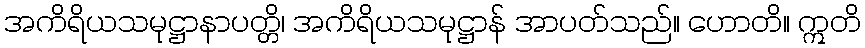
အကိရိယသမုဋ္ဌာနာပတ္တိ၊ အကိရိယသမုဋ္ဌာန် အာပတ်သည်။ ဟောတိ။ ဣတိ